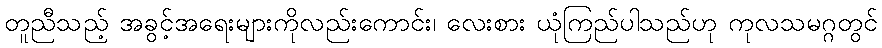
တူညီသည့် အခွင့်အရေးများကိုလည်းကောင်း၊ လေးစား ယုံကြည်ပါသည်ဟု ကုလသမဂ္ဂတွင်